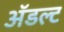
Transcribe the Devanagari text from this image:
ॲडल्ट